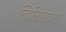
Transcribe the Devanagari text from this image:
त्बिलिसीच्या